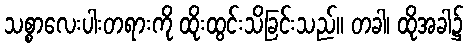
သစ္စာလေးပါးတရားကို ထိုးထွင်းသိခြင်းသည်။ တခါ၊ ထိုအခါ၌